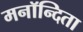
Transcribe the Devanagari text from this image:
मनॉन्दिता